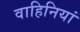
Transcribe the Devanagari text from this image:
वाहिनियां